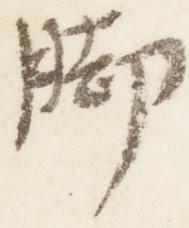
脚